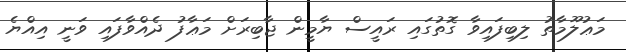
މަޢުލޫމާތު ލިބިފައިވާ ގޮތުގައި ރައީސް ޔާމީން ޖާބިރަށް މަޢާފު ދެއްވާފައި ވަނީ އިއްޔެ